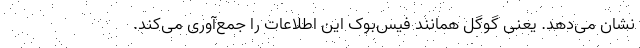
نشان می‌دهد. یعنی گوگل همانند فیس‌بوک این اطلاعات را جمع‌آوری می‌کند.